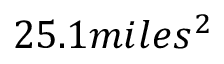
2 5 . 1 m i l e s ^ { 2 }